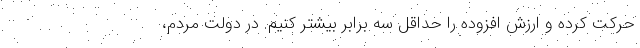
حرکت کرده و ارزش افزوده را حداقل سه برابر بیشتر کنیم. در دولت مردم،